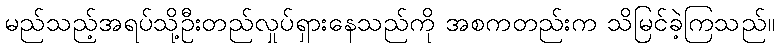
မည်သည့်အရပ်သို့ဦးတည်လှုပ်ရှားနေသည်ကို အစကတည်းက သိမြင်ခဲ့ကြသည်။